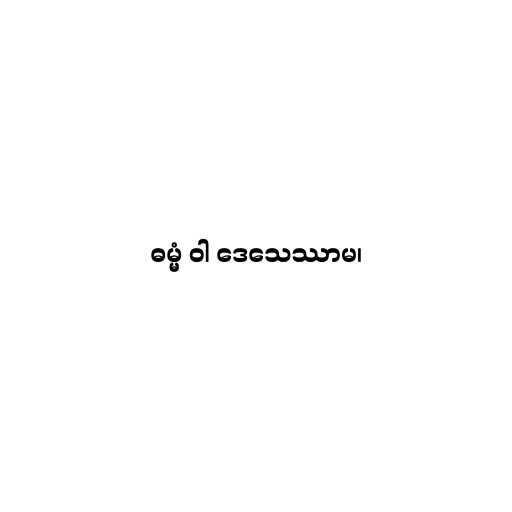
ဓမ္မံ ဝါ ဒေသေဿာမ၊